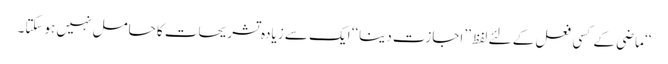
‘‘ ماضی کے کسی فعل کے لئے لفظ ’’اجازت دینا‘‘ ایک سے زیادہ تشریحات کا حامل نہیں ہوسکتا۔